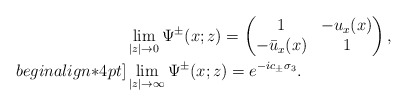
\begin{align*}&\lim _{|z| \rightarrow 0} \Psi^{\pm}(x;z) =\begin{pmatrix}1 &-u_x(x)\\-\bar{u}_x(x)&1\end{pmatrix},\\begin{align*}4pt]&\lim_{|z| \rightarrow \infty}\Psi^{\pm}(x;z)=e^{-ic_\pm\sigma_3}.\end{align*}